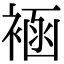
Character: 䘶